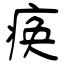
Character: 痪